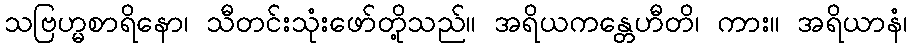
သဗြဟ္မစာရိနော၊ သီတင်းသုံးဖော်တို့သည်။ အရိယကန္တေဟီတိ၊ ကား။ အရိယာနံ၊